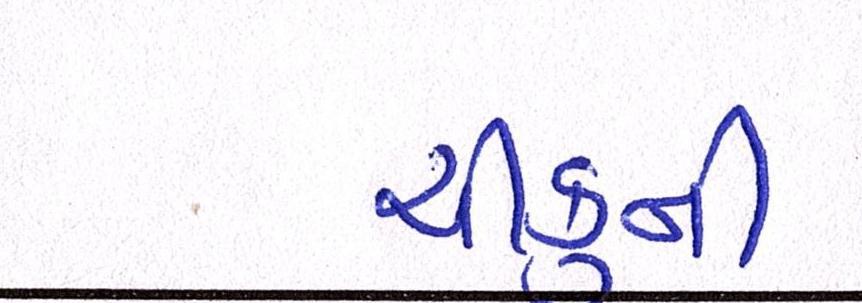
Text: ચીકુની